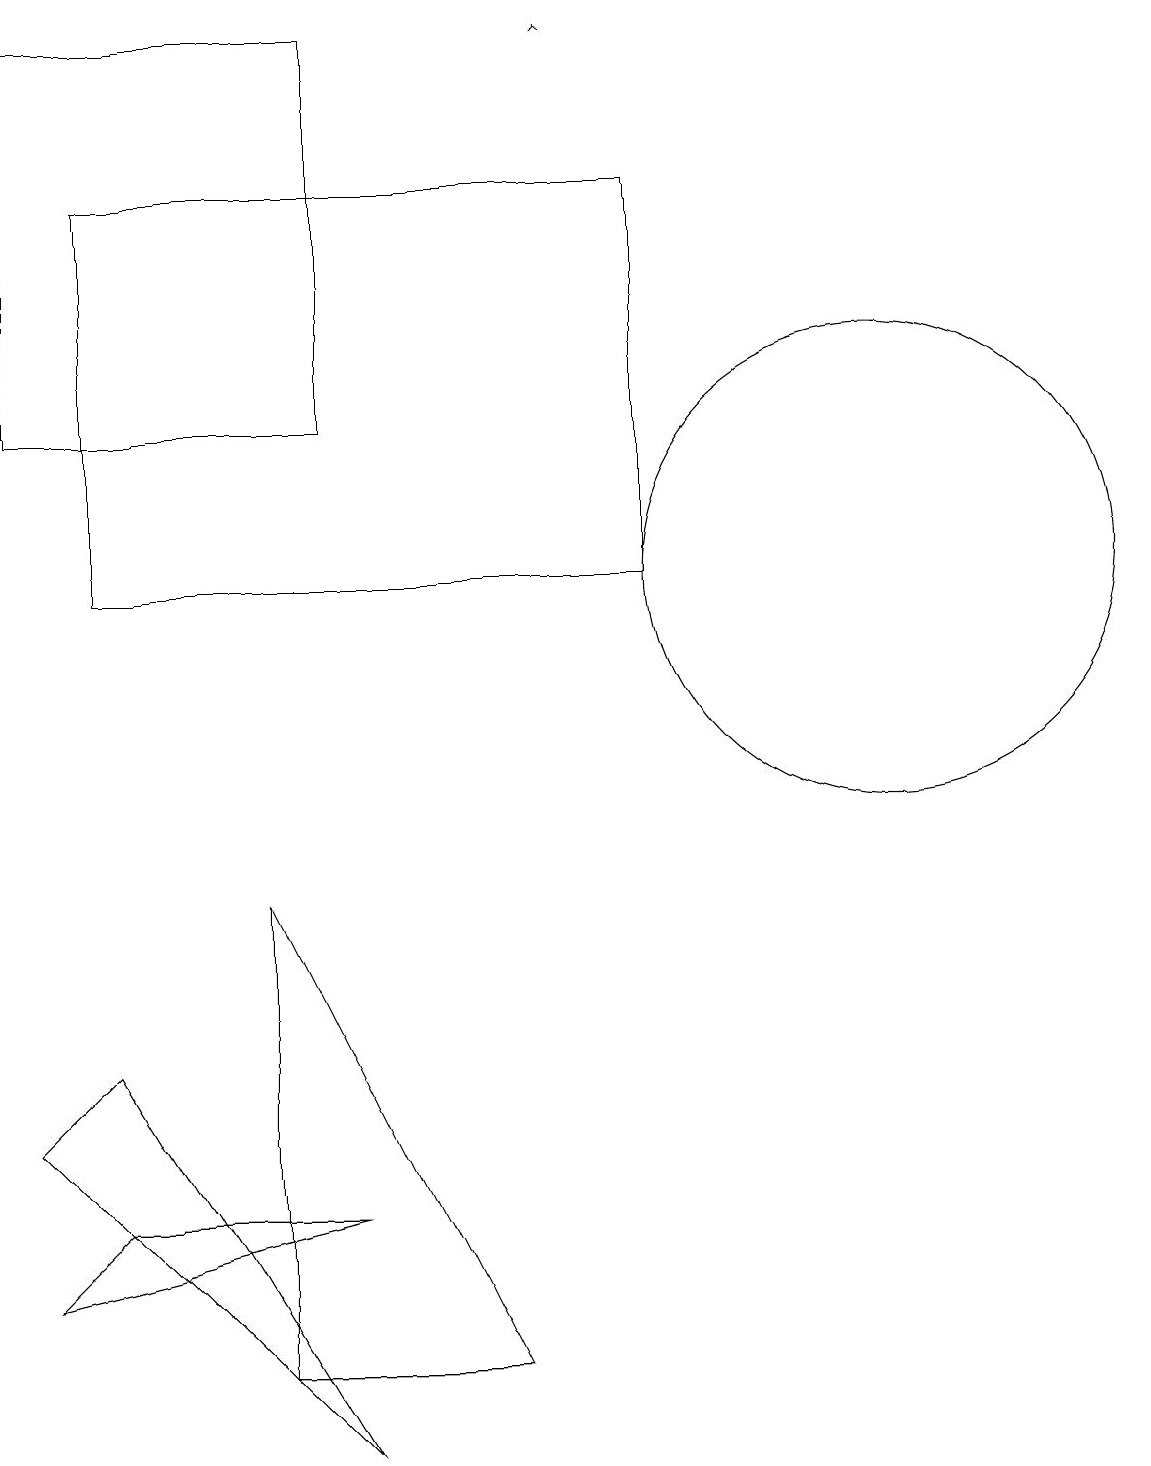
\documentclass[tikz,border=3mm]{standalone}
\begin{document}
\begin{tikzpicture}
\draw (7,1) -- (4,7) -- (4,1) -- cycle;
\draw (1,13) rectangle (5,18);
\draw (2,5) -- (1,4) -- (5,0) -- cycle;
\draw[->] (8,18) -- (8,18);
\draw (2,3) -- (1,2) -- (5,3) -- cycle;
\draw (9,11) rectangle (2,16);
\draw (12,11) circle (3);
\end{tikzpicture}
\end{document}